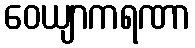
ဝေယျာကရဏာ